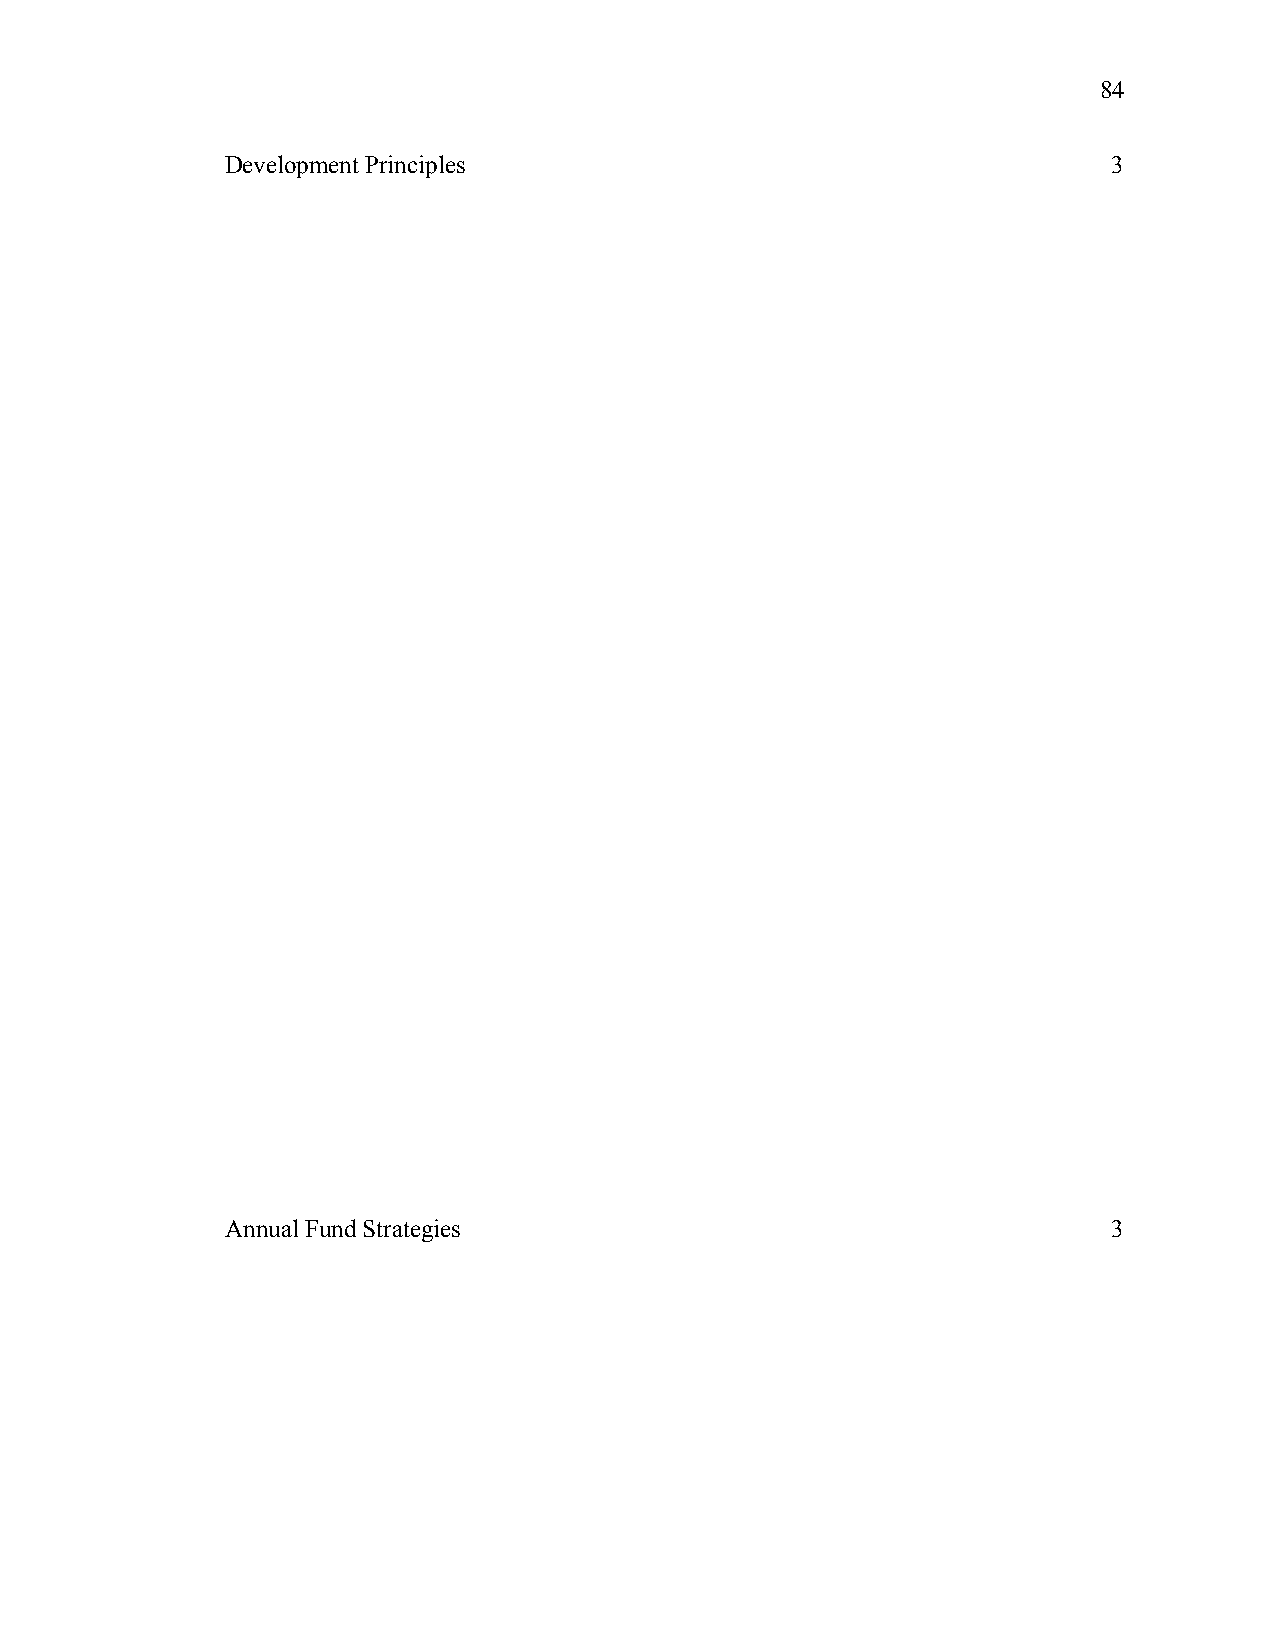
84
 Development Principles                                     3
 Annual Fund Strategies                                     3